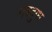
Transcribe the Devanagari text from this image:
नवदुग्ध